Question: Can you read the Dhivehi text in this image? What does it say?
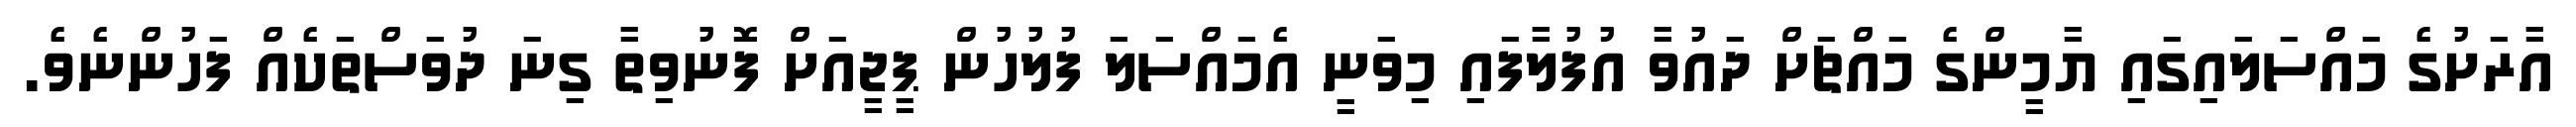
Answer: އާރަށުގެ މައްސަލައިގައި ޔާމީންގެ މައްޗަށް ދައުވާ އުފުލާފައި މިވަނީ އެމައްސަލަ ފުލުހުން ޕީޖީއަށް ފޮނުވިތާ ގިނަ ދުވަސްތަކެއް ފަހުންނެވެ.